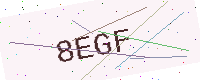
Text: 8EGF